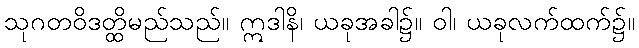
သုဂတဝိဒတ္ထိမည်သည်။ ဣဒါနိ၊ ယခုအခါ၌။ ဝါ၊ ယခုလက်ထက်၌။